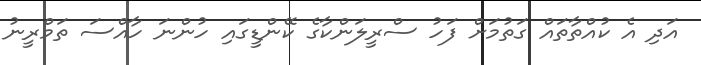
އަދި އެ ކުއްތާތައް ގަތުމަށް ފަހު ސްރީލަންކާގެ ކޭންޑީގައި ހުންނަ ހާއްސަ ތަމްރީނު